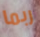
ربما